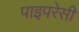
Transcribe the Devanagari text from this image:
पाइपरेसी